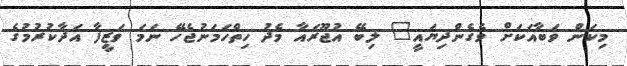
މިކަން ވަބާއަކަށް ވެގެންދިޔައީ" ލިބޭ އުޖޫރައާ މެދު ހިތްހަމަނުޖެހޭ ނަމަ ވަޒީފާ އަދާކުރުމުގެ